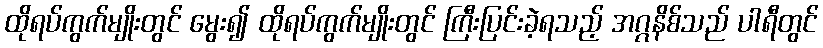
ထိုရပ်ကွက်မျိုးတွင် မွေး၍ ထိုရပ်ကွက်မျိုးတွင် ကြီးပြင်းခဲ့ရသည့် အဂ္ဂနိစ်သည် ပါရီတွင်